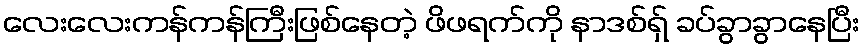
လေးလေးကန်ကန်ကြီးဖြစ်နေတဲ့ ဖိဖရက်ကို နာဒစ်ရှ် ခပ်ခွာခွာနေပြီး